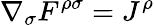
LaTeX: \nabla_{\sigma}F^{\rho\sigma}=J^{\rho}